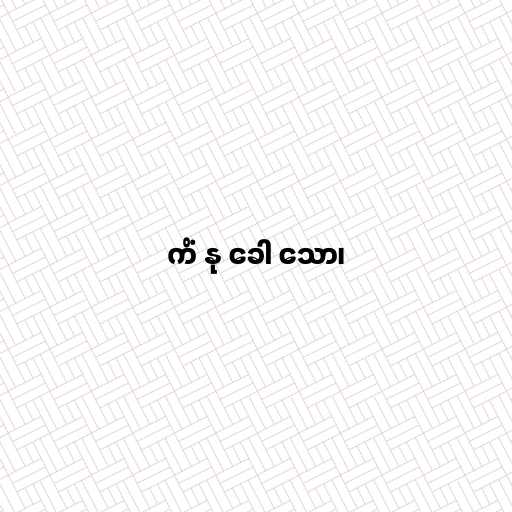
ကိံ နု ခေါ သော၊